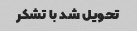
تحویل شد با تشکر